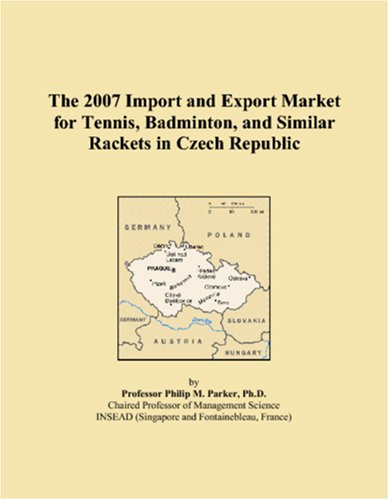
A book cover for The 2007 Import and Export Market for Tennis, Badminton, and Similar Rackets in Czech Republic; Philip M. Parker; Sports & Outdoors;